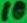
Text: 10